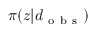
\pi ( \boldsymbol { z } | \boldsymbol { d } _ { \mathrm { ~ o ~ b ~ s ~ } } )